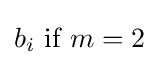
b_{i}{\text{ if }}m=2